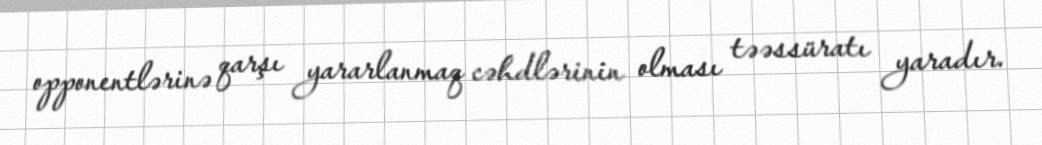
opponentlərinə qarşı yararlanmaq cəhdlərinin olması təəssüratı yaradır.